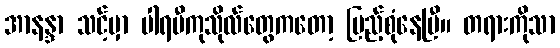
အာနန္ဒာ သင့်မှာ ပါရမီကုသိုလ်တွေကတော့ ပြည့်စုံနေပြီ။ တရားကိုသာ